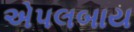
એપલબાય